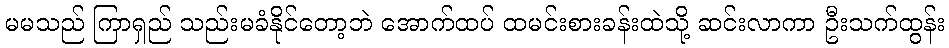
မမသည် ကြာရှည် သည်းမခံနိုင်တော့ဘဲ အောက်ထပ် ထမင်းစားခန်းထဲသို့ ဆင်းလာကာ ဦးသက်ထွန်း